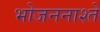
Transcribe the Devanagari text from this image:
भोजननाश्ते